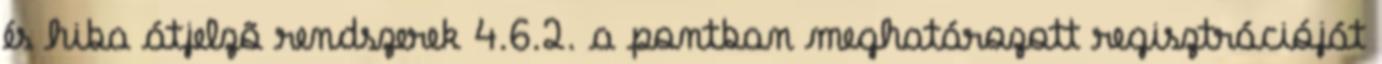
és hiba átjelzõ rendszerek 4.6.2. a pontban meghatározott regisztrációját